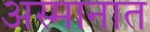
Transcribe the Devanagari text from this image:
अस्मानात